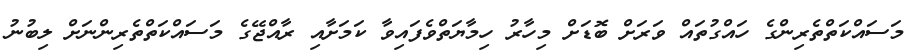
މަސައްކަތްތެރިންގެ ހައްގުތައް ވަރަށް ބޮޑަށް މިހާރު ހިމާޔަތްވެފައިވާ ކަމަށާއި ރާއްޖޭގެ މަސައްކަތްތެރިންނަށް ލިބުނު